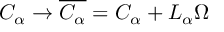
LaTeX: C _ { \alpha } \to \overline { { { C _ { \alpha } } } } = C _ { \alpha } + L _ { \alpha } \Omega